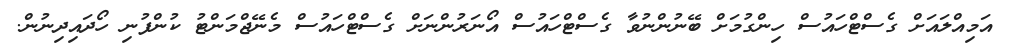
އަމިއްލައަށް ގެސްޓްހައުސް ހިންގުމަށް ބޭނުންނުވާ ގެސްޓްހައުސް އޯނަރުންނަށް ގެސްޓްހައުސް މެނޭޖްމަންޓު ކުންފުނި ހޯދައިދިނުން.